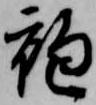
袍